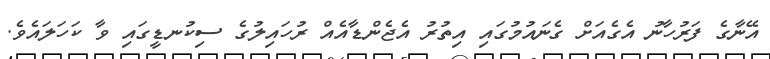
އޭނާގެ ފަރުހާނު އެގެއަށް ގެނައުމުގައި އިތުރު އެޖެންޑާއެއް ރުހައިލުގެ ސިކުނޑީގައި ވާ ކަހަލައެވެ.